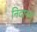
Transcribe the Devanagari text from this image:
निदानश्